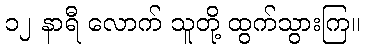
၁၂ နာရီ လောက် သူတို့ ထွက်သွားကြ။